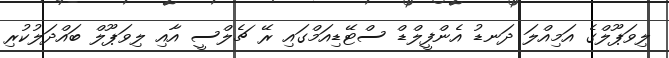
ލިވަޕޫލްގެ އަމިއްލަ ދަނޑު އެންފީލްޑް ސްޓޭޑިއަމްގައި ރޭ ޗެލްސީ އާއި ލިވަޕޫލް ބައްދަލުކުރި